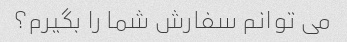
می توانم سفارش شما را بگیرم؟